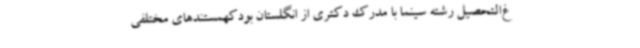
غ‌التحصیل رشته سینما با مدرک دکتری از انگلستان بودکهمستندهای مختلفی